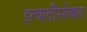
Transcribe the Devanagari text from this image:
इत्यादींसोबत